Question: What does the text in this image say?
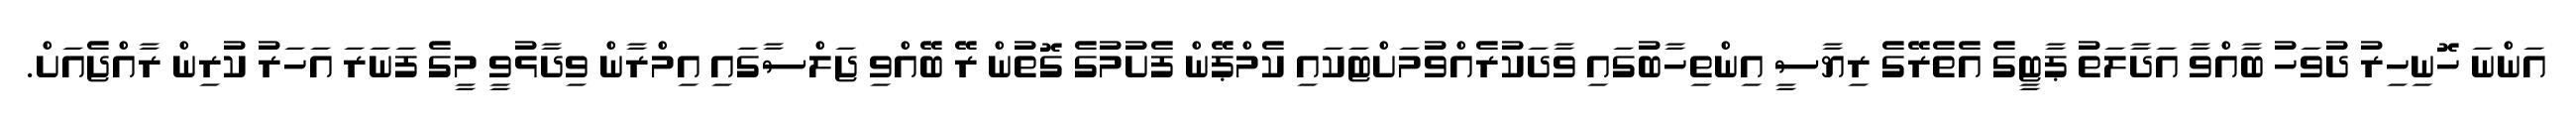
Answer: އަންނަ ހޮނިހިރު ދުވަހު ބާއްވާ އަދާލަތު ޕާޓީގެ އެތެރޭގެ ރިޔާސީ އިންތިހާބުގައި ވާދަކުރެއްވުމަށްޓަކައި ކެމްޕޭން ފެށުމުގެ ގޮތުން ރޭ ބޭއްވި ޖަލްސާގައި އިމްރާން ވިދާޅުވީ މީގެ ފަނަރަ އަހަރު ކުރިން ރާއްޖެއަށް.